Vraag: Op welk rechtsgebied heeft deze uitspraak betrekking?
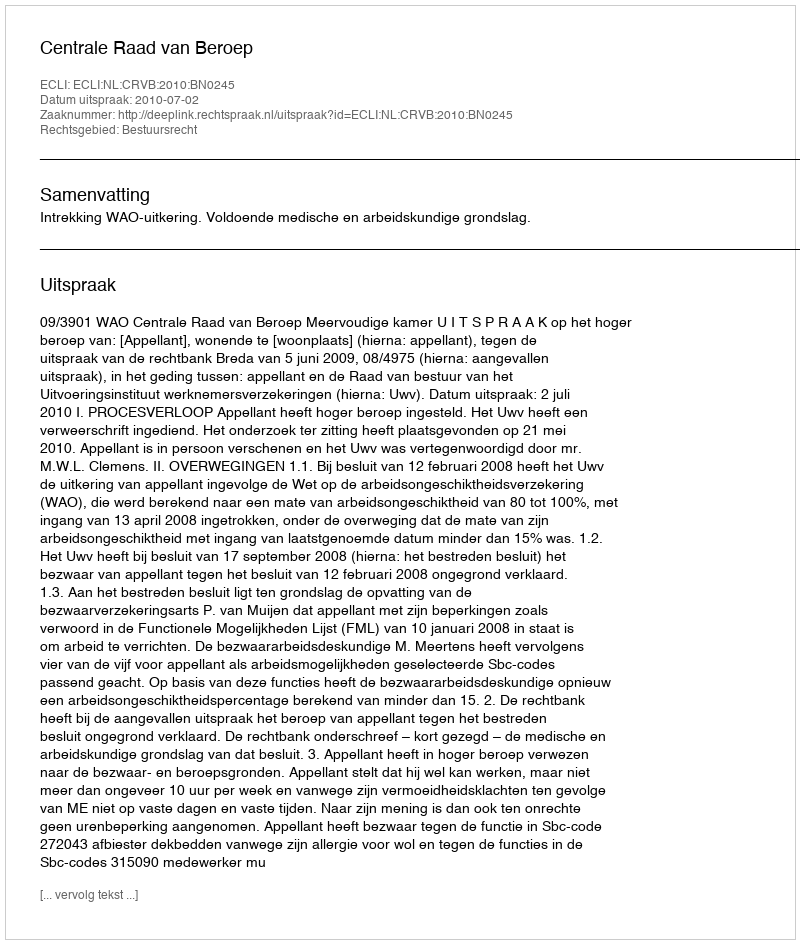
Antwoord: Bestuursrecht